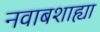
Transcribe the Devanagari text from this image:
नवाबशाह्या